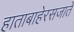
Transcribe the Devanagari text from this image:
हाताबाहेरसजाते